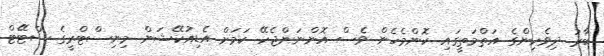
ބާރު ދިވެހިންގެ އަތްމަތީގައި ކޮންމެހެން ވެސް އޮންނަންޖެހޭ ކަމަށް އެޑިއުކޭޝަން މިނިސްޓްރީގެ ސްޓޭޓް